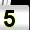
Digit: 5